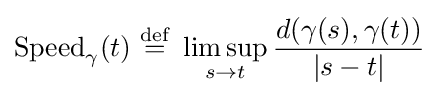
{\operatorname {Speed} _{\gamma }}(t)~{\stackrel {\text{def}}{=}}~\limsup _{s\to t}{\frac {d(\gamma (s),\gamma (t))}{|s-t|}}